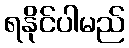
ရနိုင်ပါမည်